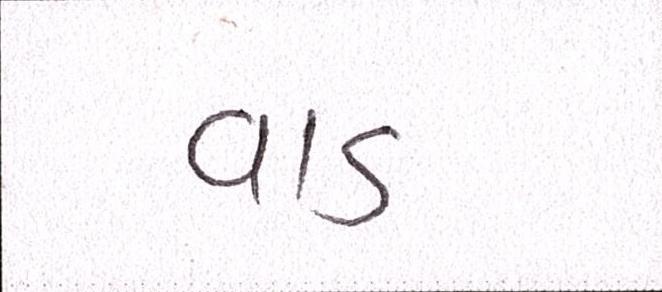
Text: વાડ